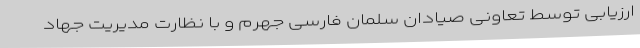
ارزیابی توسط تعاونی صیادان سلمان فارسی جهرم و با نظارت مدیریت جهاد